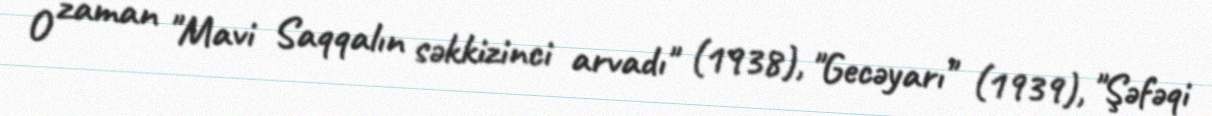
O zaman "Mavi Saqqalın səkkizinci arvadı" (1938), "Gecəyarı" (1939), "Şəfəqi